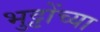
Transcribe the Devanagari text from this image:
भुट्टोंच्या